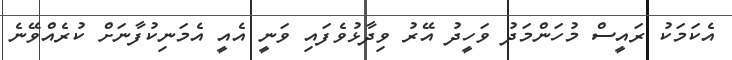
އެކަމަކު ރައީސް މުހަންމަދު ވަހީދު އޭރު ވިދާޅުވެފައި ވަނީ އެއީ އެމަނިކުފާނަށް ކުރެއްވޭނެ